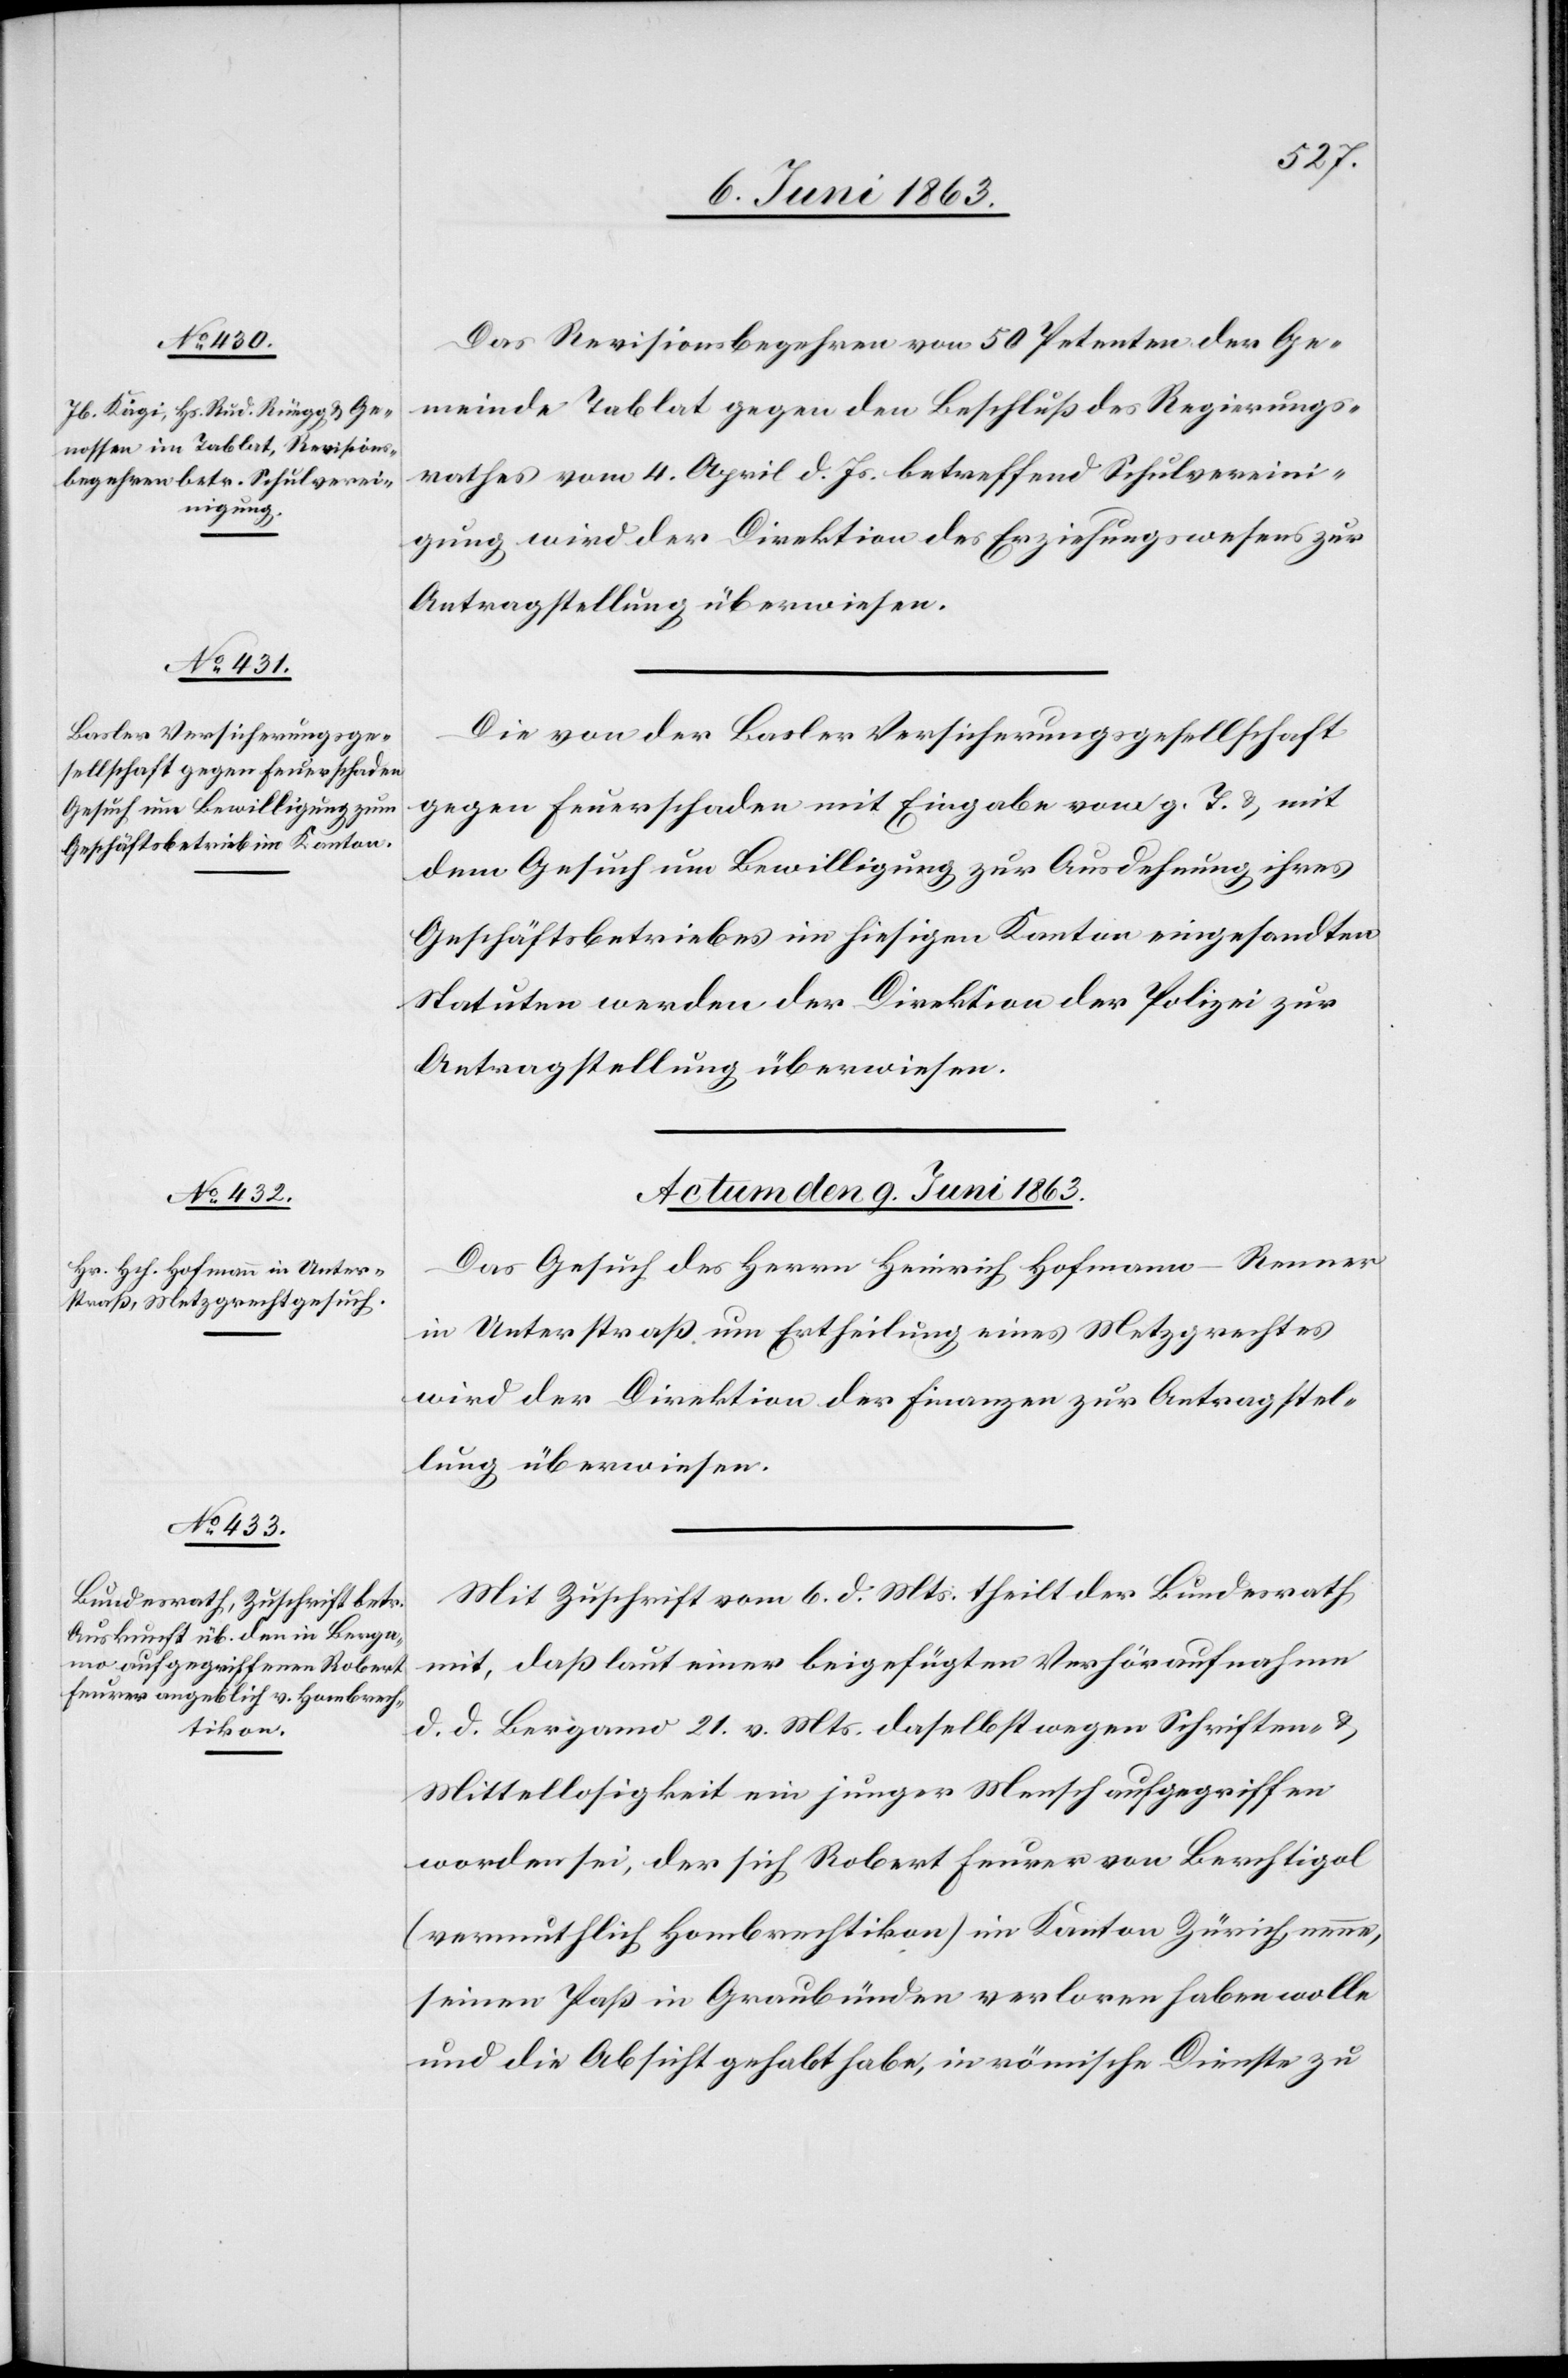
Das Revisionsbegehren von 50 Petenten der Ge¬
meinde Tablat gegen den Beschluß des Regierungs¬
rathes vom 4. April d. Js. betreffend Schulvereini¬
gung wird der Direktion des Erziehungswesens zur
Die von der Basler Versicherungsgesellschaft
gegen Feuerschaden mit Eingabe vom g. T. & mit
dem Gesuch um Bewilligung zur Ausdehnung ihres
Geschäftsbetriebes im hiesigen Kanton eingesandten
Statuten werden der Direktion der Polizei zur
Antragstellung überwiesen.
Actum den 9. Juni 1863.]
Das Gesuch des Herrn Heinrich Hofmann-Renner
in Unterstraß um Ertheilung eines Metzgrechtes
wird der Direktion der Finanzen zur Antragstel¬
lung überwiesen.
Mit Zuschrift vom 6. d. Mts. theilt der Bundesrath
mit, daß laut einer beigefügten Verhöraufnahme
d. d. Bergamo 21. v. Mts. daselbst wegen Schriften- &
Mittellosigkeit ein junger Mensch aufgegriffen
worden sei, der sich Robert Feurer von Berchtigol
(vermuthlich Hombrechtikon) im Kanton Zürich, nenne,
seinen Paß in Graubünden verloren haben wolle
und die Absicht gehabt habe, in römische Dienst zu